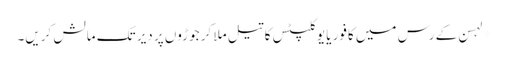
*لہسن کے رس میں کافور یا یوکلپٹس کا تیل ملا کر جوڑوں پر دیر تک مالش کریں۔